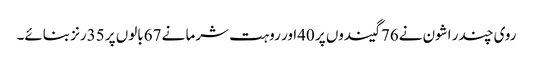
روی چندر اشون نے76گیندوں پر 40اور روہت شرما نے 67بالوں پر 35رنز بنائے۔